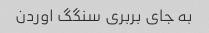
به‌ جای بربری سنگگ اوردن